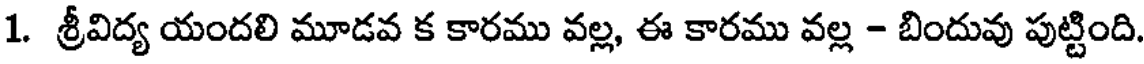
1. శ్రీవిద్య యందలి మూడవ క కారము వల్ల, ఈ కారము వల్ల - బిందువు పుట్టింది